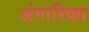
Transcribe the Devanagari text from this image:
अंगारिका